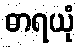
ဓာရယုံ